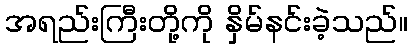
အရည်းကြီးတို့ကို နှိမ်နင်းခဲ့သည်။